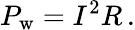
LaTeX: P_{\mathrm{{w}}}=I^{2}R\, .